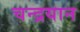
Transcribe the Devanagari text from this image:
चन्‍द्रयान